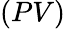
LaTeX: (PV)